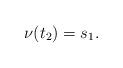
LaTeX: \begin{align*}\nu(t_2)=s_1.\end{align*}